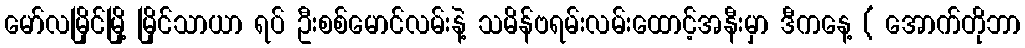
မော်လမြိုင်မြို့ မြိုင်သာယာ ရပ် ဦးစစ်မောင်လမ်းနဲ့ သမိန်ဗရမ်းလမ်းထောင့်အနီးမှာ ဒီကနေ့ ( အောက်တိုဘာ